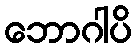
ဘောဂါပိ